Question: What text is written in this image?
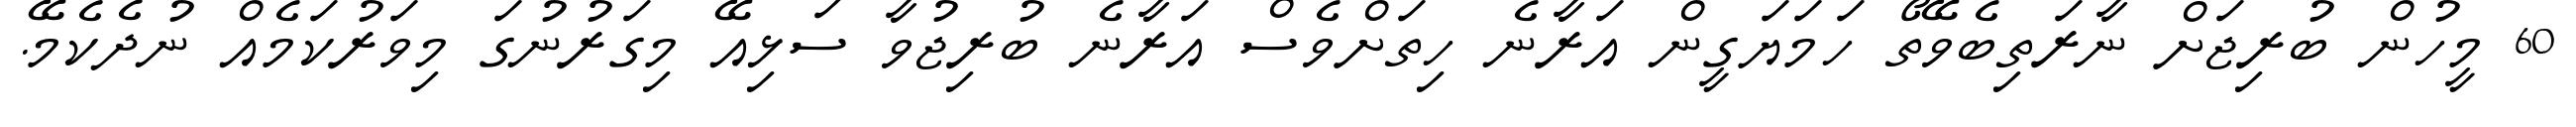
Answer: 60 މީހުން ބުރިޖަށް ނާރަތިބެވޭތޯ ހަމަޔަގީން އަރާނެ ހިތަށްވެސް އަރާނެ ބުރިޖުވާ ސަޅިއޭ މިގަރުނުގަ މިވަރުކަމެއް ނުދެކެމޭ.